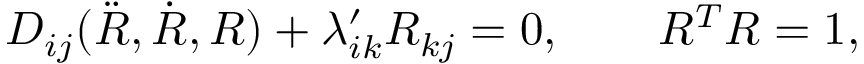
\begin{array} { r } { D _ { i j } ( \ddot { R } , \dot { R } , R ) + \lambda _ { i k } ^ { \prime } R _ { k j } = 0 , \qquad R ^ { T } R = 1 , } \end{array}